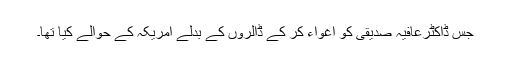
جس ڈاکٹرعافیہ صدیقی کو اغواء کر کے ڈالروں کے بدلے امریکہ کے حوالے کیا تھا۔